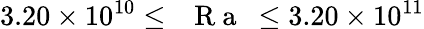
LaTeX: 3.20\times 10^{10}\leq\mathrm{~\textit~{~R~a~}~}\leq 3.20\times 10^{11}